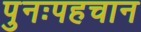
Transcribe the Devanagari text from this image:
पुनःपहचान